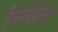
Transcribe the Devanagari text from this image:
रितींना